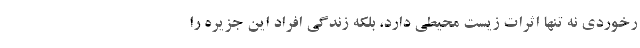
رخوردی نه تنها اثرات زیست محیطی دارد، بلکه زندگی افراد این جزیره را